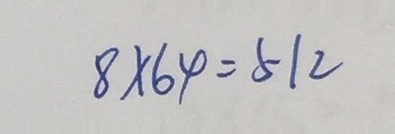
8 \times 6 4 = 5 1 2